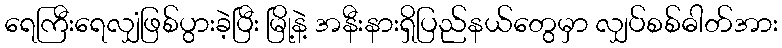
ရေကြီးရေလျှံဖြစ်ပွားခဲ့ပြီး မြို့နဲ့ အနီးနားရှိပြည်နယ်တွေမှာ လျှပ်စစ်ဓါတ်အား